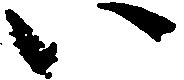
い